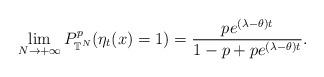
LaTeX: \begin{align*}\lim_{N\rightarrow+\infty}P^p_{\mathbb{T}^N}(\eta_t(x)=1)=\frac{pe^{(\lambda-\theta)t}}{1-p+pe^{(\lambda-\theta)t}}.\end{align*}